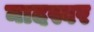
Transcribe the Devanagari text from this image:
नादस्वर